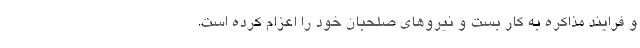
و فرایند مذاکره به کار بست و نیروهای صلحبان خود را اعزام کرده است.